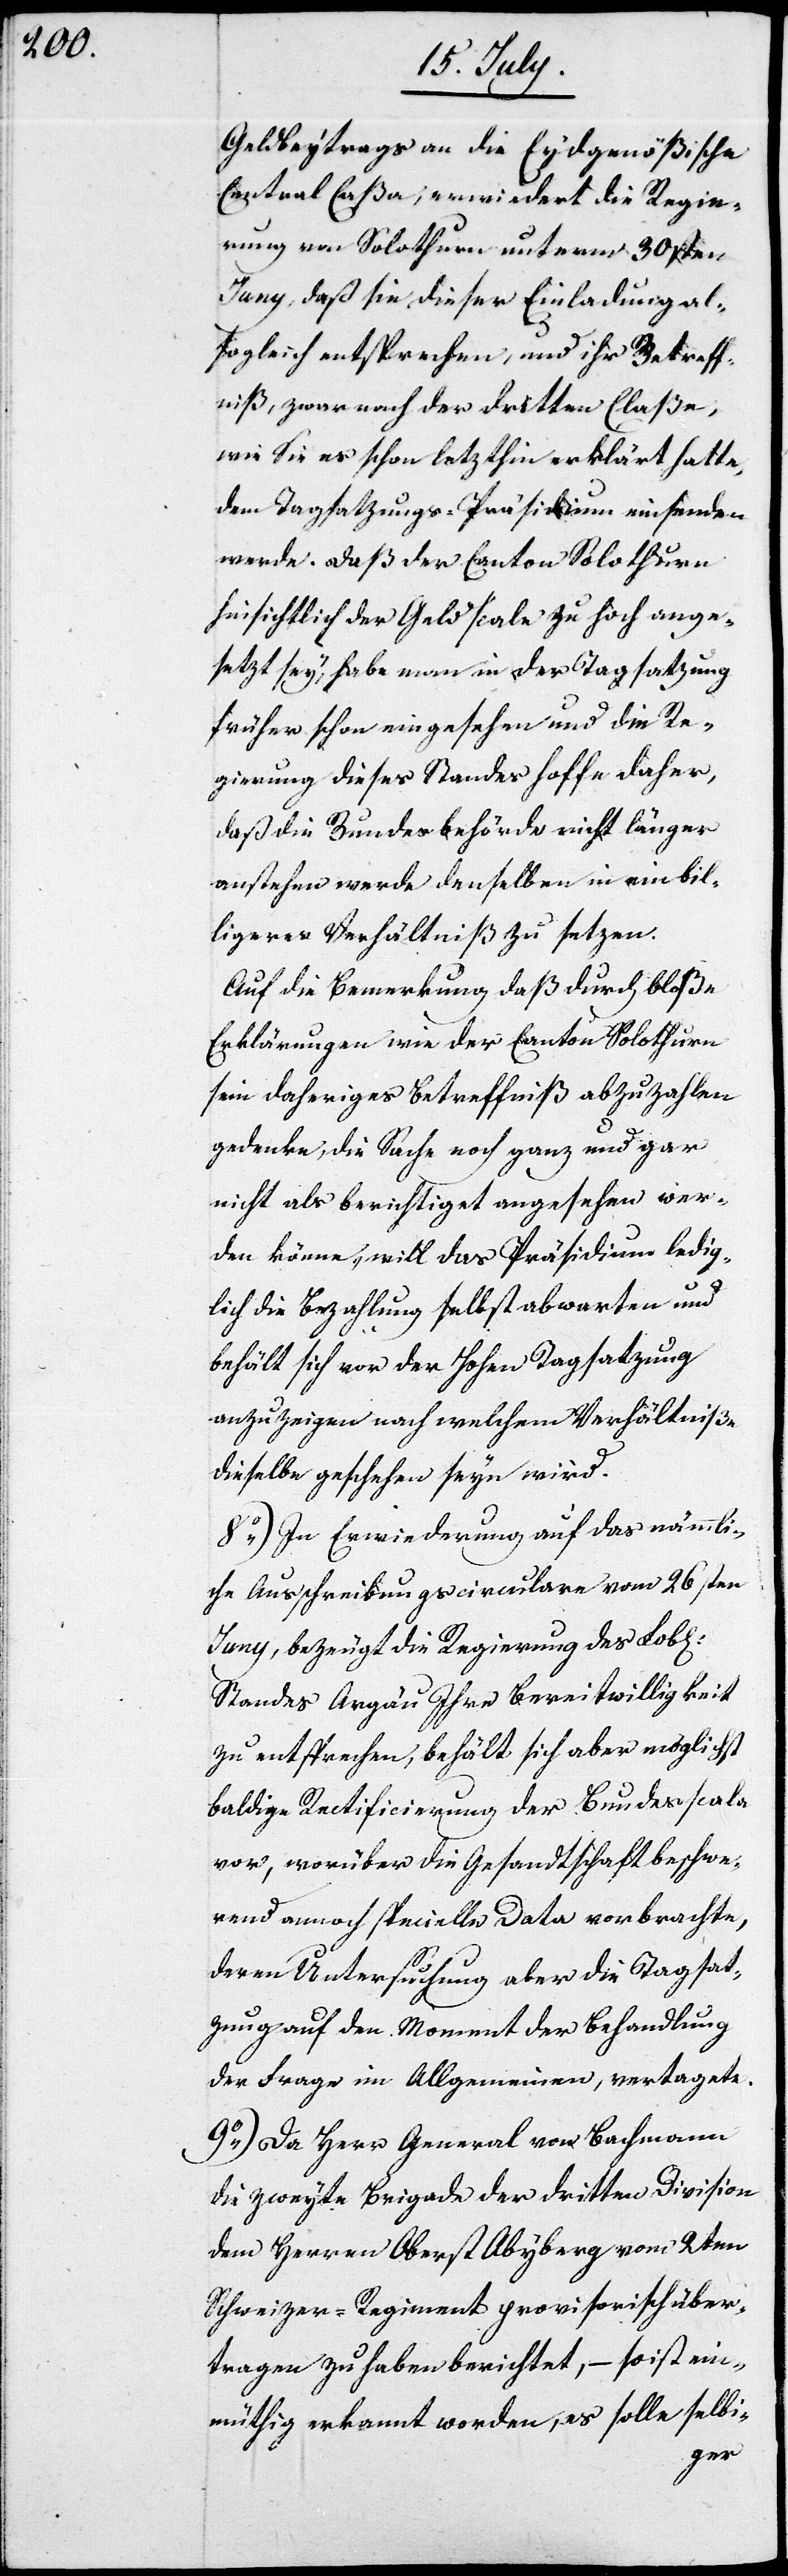
Geldbeytrags an die Eydgenößische
Central Caßa, erwiedert die Regie¬
rung von Solothurn unterm 30sten
Juny, daß sie dieser Einladung al¬
sogleich entsprechen, und ihr Betreff¬
niß, zwar nach der dritten Claße,
wie sie es schon letzthin erklärt hatte,
dem Tagsatzungs-Präsidium einsenden
werde. Daß der Canton Solothurn
hinsichtlich der Geldscala zu hoch ange¬
setzt sey, habe man in der Tagsatzung
früher schon eingesehen und die Re¬
gierung dieses Standes hoffe daher,
daß die Bundesbehörde nicht länger
anstehen werde denselben in ein bil¬
ligeres Verhältniß zu setzen.
Auf die Bemerkung, daß durch bloße
Erklärungen wie der Canton Solothurn
sein daheriges Betreffniß abzuzahlen
gedenke, die Sache noch ganz und gar
nicht als berichtiget angesehen wer¬
den könne, will das Präsidium ledig¬
lich die Bezahlung selbst abwarten und
behält sich vor der Hohen Tagsatzung
anzuzeigen, nach welchem Verhältniße
dieselbe geschehen seyn wird.
8.) In Erwiederung auf das nämmli¬
che Ausschreibungscirculare vom 26sten
Juny, bezeugt die Regierung des L.
Standes Argau Ihre Bereitwilligkeit
zu entsprechen, behält sich aber möglichst
baldige Ratificierung der Bundesscala
vor, worüber die Gesandtschaft beschwe¬
rend annoch specielle Data vorbrachte,
deren Untersuchung aber die Tagat¬
zung auf den Moment der Behandlung
der Frage im Allgemeinen, vertagete.
9.) Da Herr General von Bachmann
die zweyte Brigade der dritten Division
dem Herren Oberst Abyberg vom 2ten
Schweizer-Regiment provisorisch über¬
tragen zu haben berichtet, – so ist ein¬
müthig erkannt worden, es solle selbi-